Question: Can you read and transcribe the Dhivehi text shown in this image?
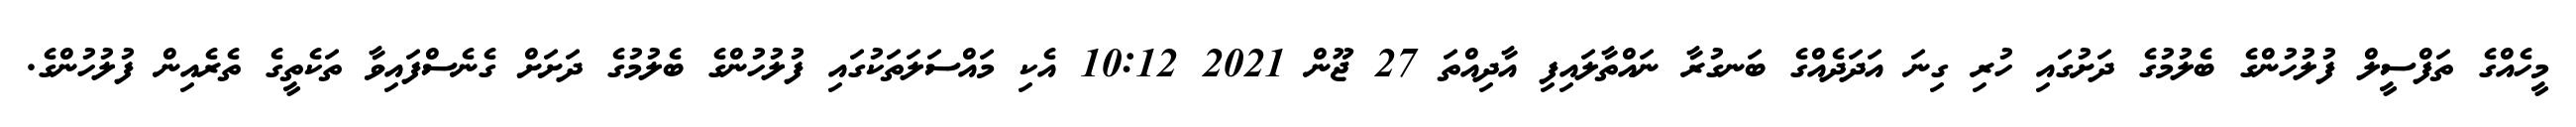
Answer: މީހެއްގެ ތަފްސީލް ފުލުހުންގެ ބެލުމުގެ ދަށުގައި ހުރި ގިނަ އަދަދެއްގެ ބަނގުރާ ނައްތާލައިފި އާދިއްތަ 27 ޖޫން 2021 10:12 އެކި މައްސަލަތަކުގައި ފުލުހުންގެ ބެލުމުގެ ދަށަށް ގެނެސްފައިވާ ތަކެތީގެ ތެރެއިން ފުލުހުންގެ.